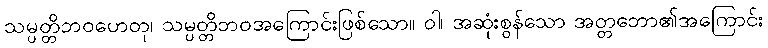
သမ္ပတ္တိဘဝဟေတု၊ သမ္ပတ္တိဘဝအကြောင်းဖြစ်သော။ ဝါ၊ အဆုံးစွန်သော အတ္တဘော၏အကြောင်း